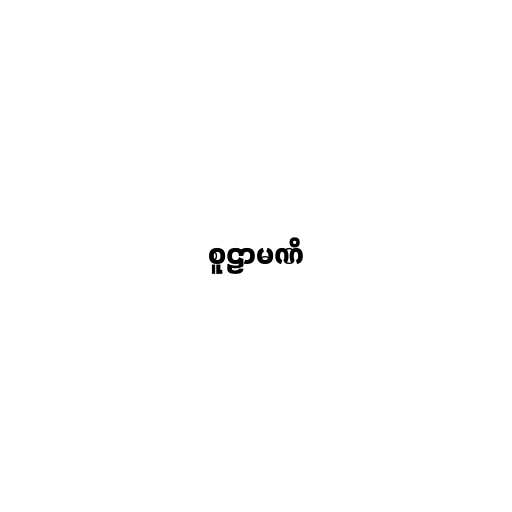
စူဠာမဏိ